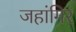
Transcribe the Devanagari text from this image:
जहांगिर